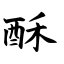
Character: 酥